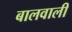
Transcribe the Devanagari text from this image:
बालवाली